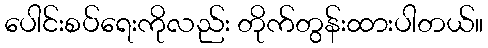
ပေါင်းစပ်ရေးကိုလည်း တိုက်တွန်းထားပါတယ်။